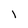
Character: I